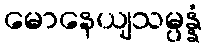
မောနေယျသမ္ပန္နံ